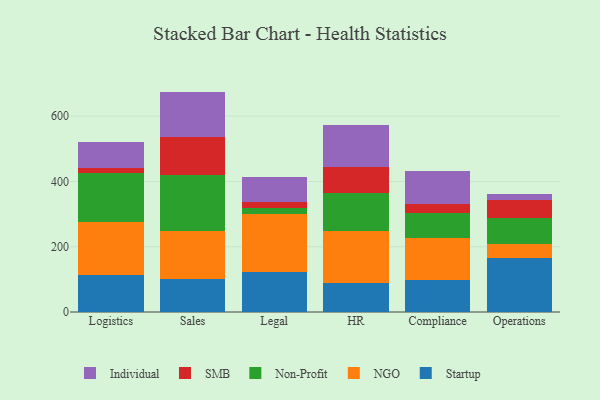
{"axis": {"x": "Department", "y": "Tickets Resolved"}, "legend": ["Individual", "NGO", "Non-Profit", "SMB", "Startup"], "data": [{"x": "Logistics", "y": 113.1, "type": "Startup"}, {"x": "Logistics", "y": 161.7, "type": "NGO"}, {"x": "Logistics", "y": 152.1, "type": "Non-Profit"}, {"x": "Logistics", "y": 14.7, "type": "SMB"}, {"x": "Logistics", "y": 80.0, "type": "Individual"}, {"x": "Sales", "y": 100.2, "type": "Startup"}, {"x": "Sales", "y": 149.1, "type": "NGO"}, {"x": "Sales", "y": 171.8, "type": "Non-Profit"}, {"x": "Sales", "y": 114.0, "type": "SMB"}, {"x": "Sales", "y": 140.2, "type": "Individual"}, {"x": "Legal", "y": 123.8, "type": "Startup"}, {"x": "Legal", "y": 178.0, "type": "NGO"}, {"x": "Legal", "y": 16.5, "type": "Non-Profit"}, {"x": "Legal", "y": 17.5, "type": "SMB"}, {"x": "Legal", "y": 78.9, "type": "Individual"}, {"x": "HR", "y": 90.0, "type": "Startup"}, {"x": "HR", "y": 157.4, "type": "NGO"}, {"x": "HR", "y": 116.8, "type": "Non-Profit"}, {"x": "HR", "y": 80.0, "type": "SMB"}, {"x": "HR", "y": 129.6, "type": "Individual"}, {"x": "Compliance", "y": 97.7, "type": "Startup"}, {"x": "Compliance", "y": 128.5, "type": "NGO"}, {"x": "Compliance", "y": 76.0, "type": "Non-Profit"}, {"x": "Compliance", "y": 28.5, "type": "SMB"}, {"x": "Compliance", "y": 101.3, "type": "Individual"}, {"x": "Operations", "y": 166.7, "type": "Startup"}, {"x": "Operations", "y": 40.6, "type": "NGO"}, {"x": "Operations", "y": 80.0, "type": "Non-Profit"}, {"x": "Operations", "y": 55.1, "type": "SMB"}, {"x": "Operations", "y": 19.0, "type": "Individual"}]}